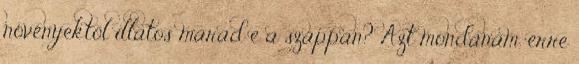
növényektől illatos marad e a szappan? Azt mondanám, erre